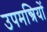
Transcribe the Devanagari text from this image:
उपमन्त्रियों